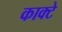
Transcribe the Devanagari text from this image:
काक्टे